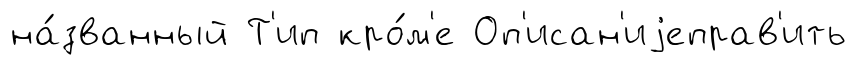
на́званный Т'ип кро́м'е Оп'исан'иjеправ'ить